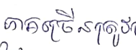
ភាគច្រើនត្រូវ